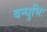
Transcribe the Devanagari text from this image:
बन्धुभिः